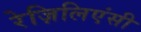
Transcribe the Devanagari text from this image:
रेज़िलिएंसी